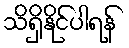
သိရှိနိုင်ပါရန်